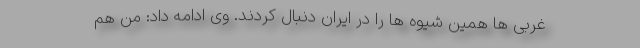
غربی ها همین شیوه ها را در ایران دنبال کردند. وی ادامه داد: من هم